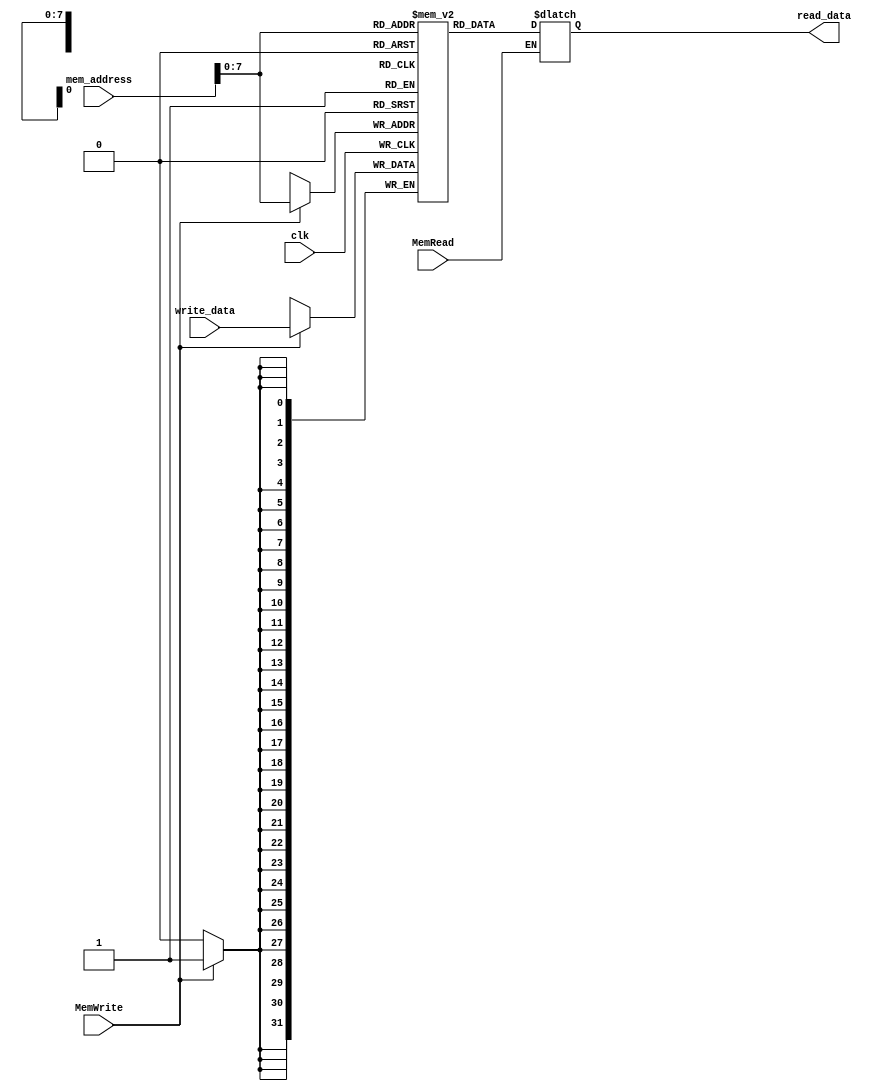
module data_memory(read_data, mem_address, write_data, MemRead, MemWrite, clk);

	output [31:0] read_data;
	input [31:0] mem_address;
	input [31:0] write_data;
	input MemRead;
	input MemWrite;
	input clk;

	reg [31:0] data_mem [255:0];
	reg [31:0] read_data;

	always @ (MemRead) 
		begin // reading data from memory file
			if(MemRead == 1) 
			begin 
				read_data = data_mem[mem_address]; 
			end
		end
		
	always @ (posedge clk)
		begin
			if (MemWrite == 1) 		
			begin // writing data to memory file
				data_mem[mem_address] <= write_data;
				
			end
		end

endmodule